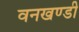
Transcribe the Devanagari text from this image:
वनखण्डी